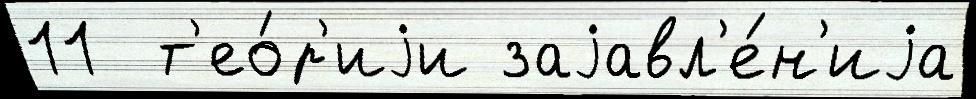
11  т'ео́р'иjи заjавл'е́н'иjа